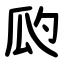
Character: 瓝